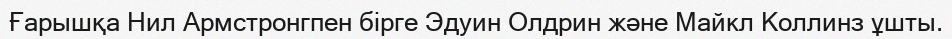
Ғарышқа Нил Армстронгпен бірге Эдуин Олдрин және Майкл Коллинз ұшты.